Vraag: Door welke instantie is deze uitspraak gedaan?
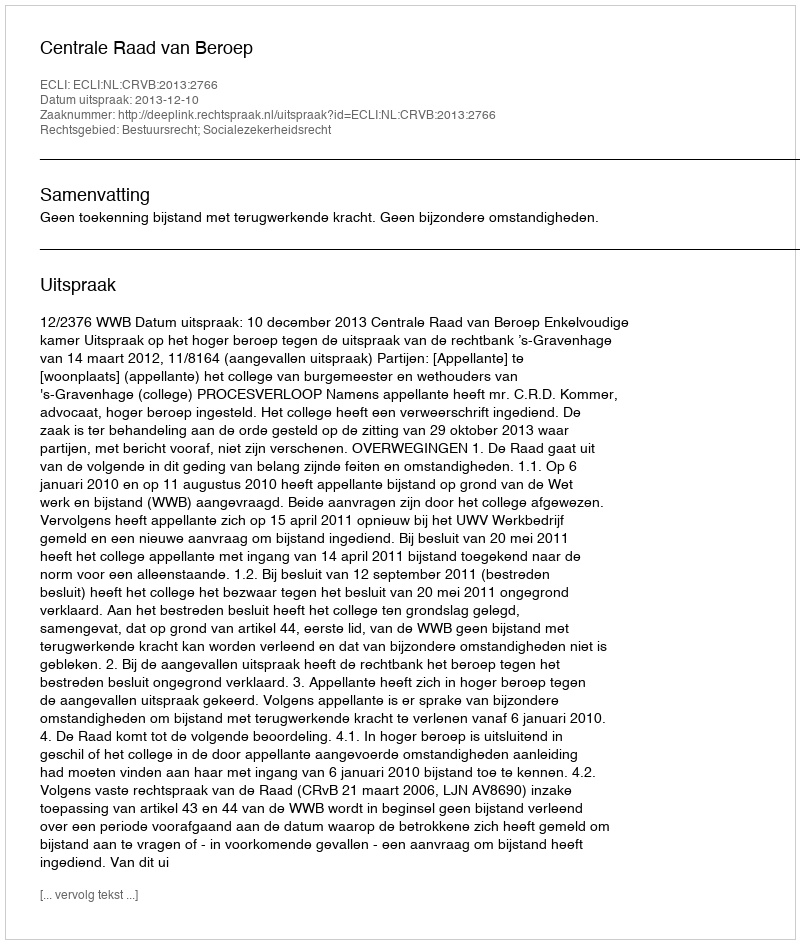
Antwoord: Centrale Raad van Beroep